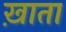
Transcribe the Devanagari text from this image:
ख़ाता